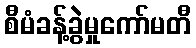
စီမံခန့်ခွဲမှုကော်မတီ